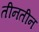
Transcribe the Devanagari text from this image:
तीनतीन